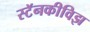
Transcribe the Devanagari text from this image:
स्टॅनकीविझ